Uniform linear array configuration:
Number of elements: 8
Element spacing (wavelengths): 1
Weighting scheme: hann
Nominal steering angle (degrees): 0
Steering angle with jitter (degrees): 1.607
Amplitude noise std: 0.05
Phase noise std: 0.05

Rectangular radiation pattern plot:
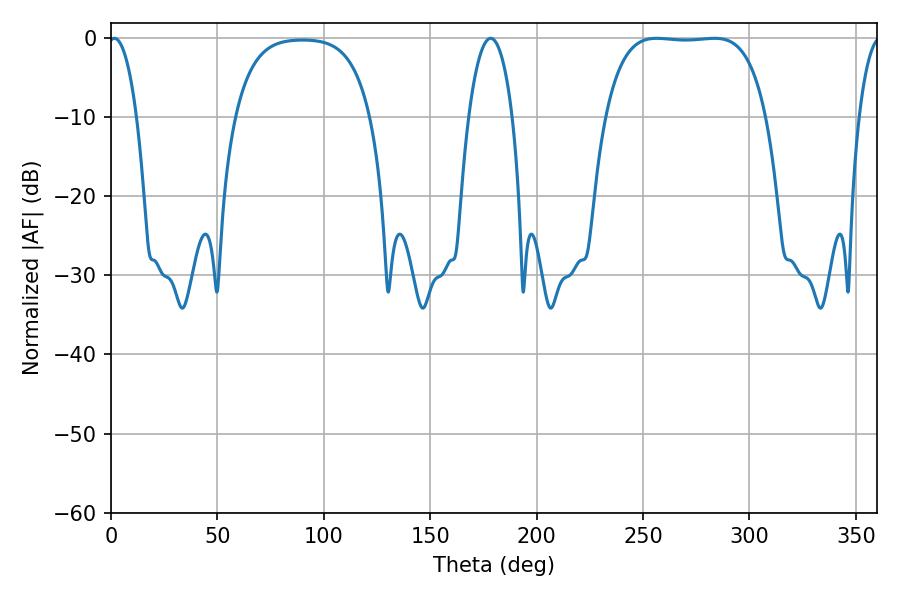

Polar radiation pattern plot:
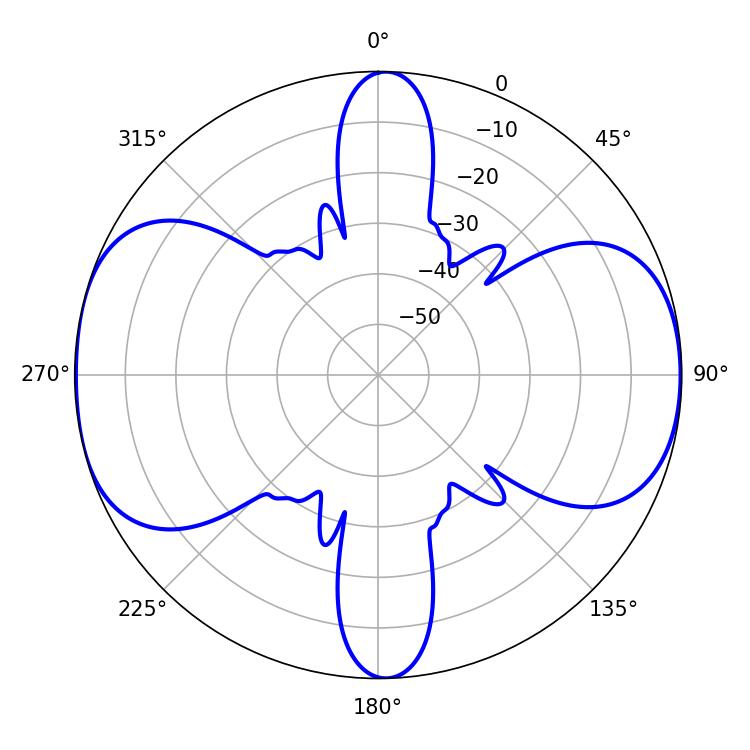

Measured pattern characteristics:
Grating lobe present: TRUE
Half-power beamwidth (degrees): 7.38
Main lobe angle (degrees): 1.62